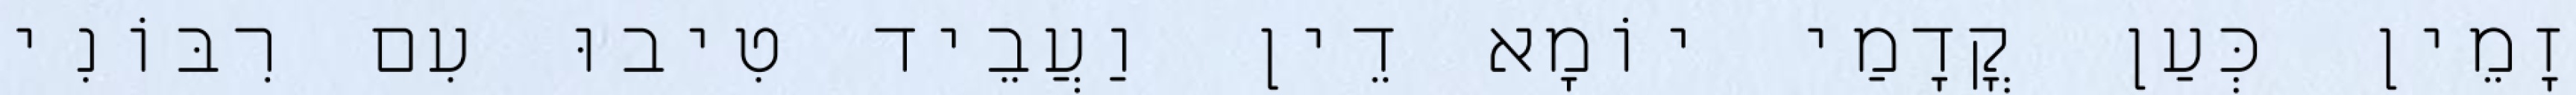
זָמֵין כְּעַן קֳדָמַי יוֹמָא דֵין וַעֲבֵיד טִיבוּ עִם רִבּוֹנִי